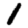
Digit: 1